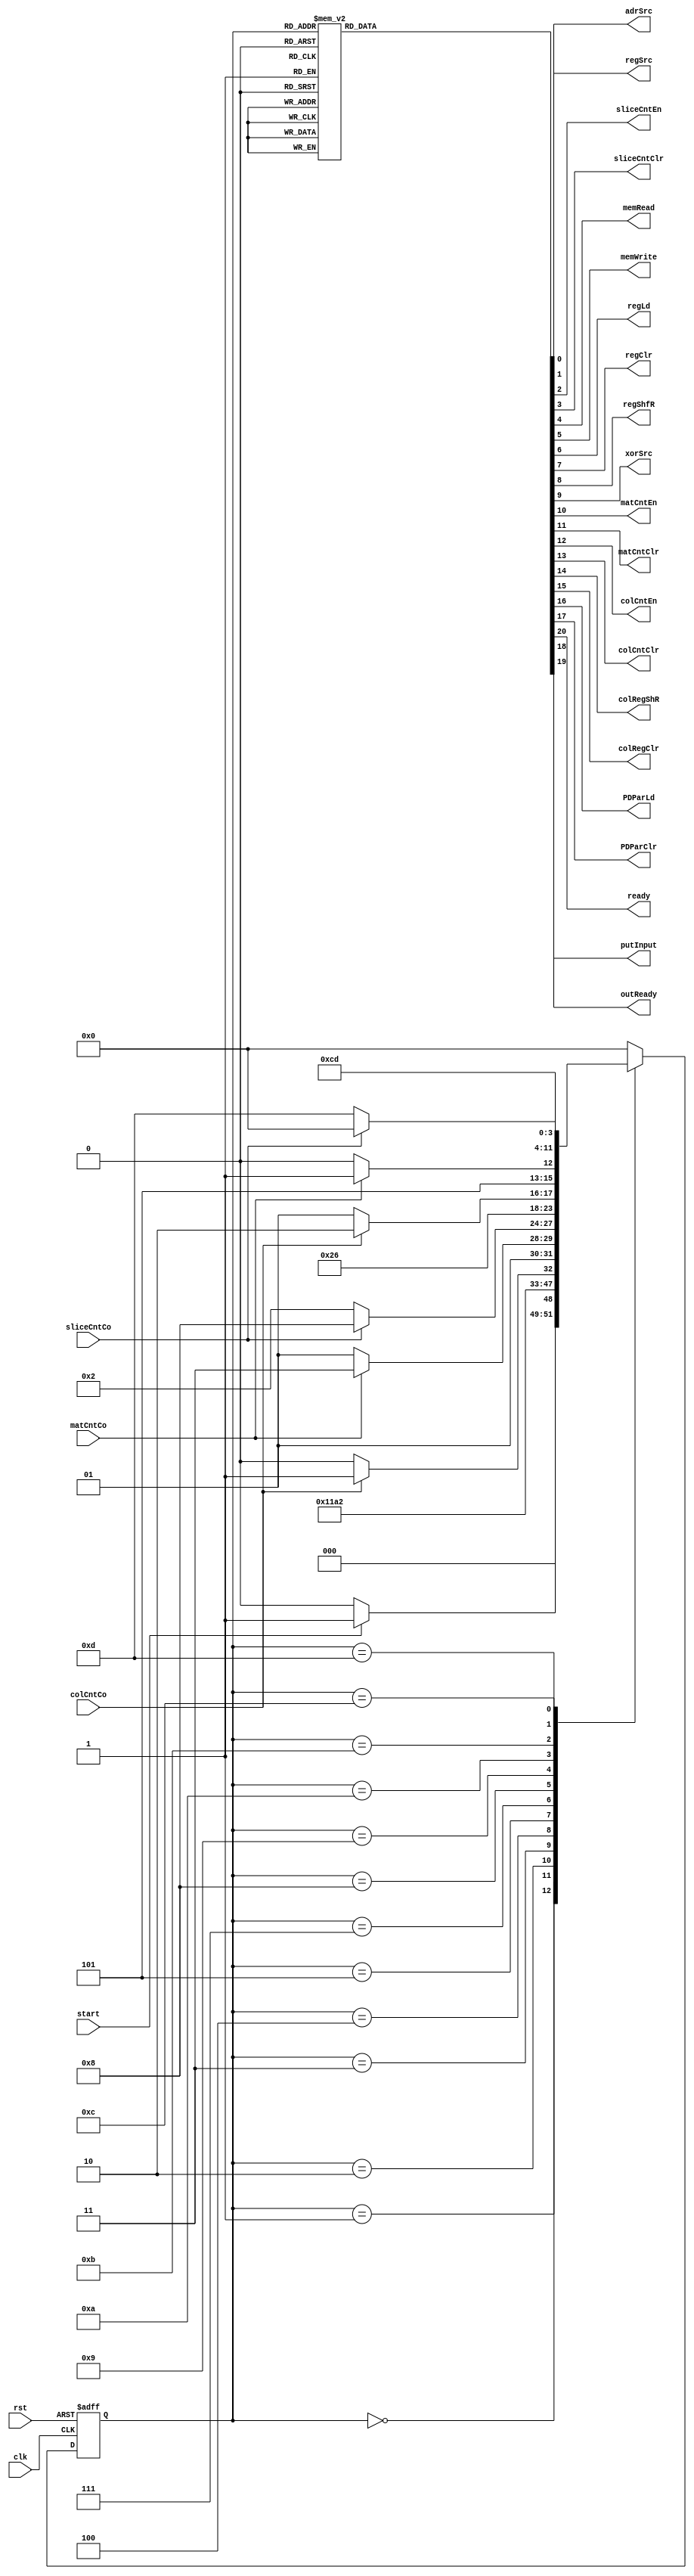
module ColParityController (clk, rst, start, adrSrc, regSrc,
                            sliceCntEn, sliceCntClr, memRead, memWrite,
                            regLd, regClr, regShfR,
                            xorSrc, matCntEn, matCntClr,
                            colCntEn, colCntClr, colRegShR, colRegClr,
                            PDParLd, PDParClr,
                            matCntCo, colCntCo, sliceCntCo,
                            ready, putInput, outReady);
    localparam Idle         = 4'b0000,
               Init         = 4'b0001,
               Request      = 4'b0010,
               Load         = 4'b0011,
               ParityCalc   = 4'b0100,
               Xor          = 4'b0101,
               Write        = 4'b0111,
               LdFirstSlice = 4'b1000,
               ParityCalc1  = 4'b1001,
               Xor1         = 4'b1010,
               Write1       = 4'b1011,
               Inform       = 4'b1100,
               Output       = 4'b1101;

    input clk, rst, start;
    output reg adrSrc, regSrc;
    output reg sliceCntEn, sliceCntClr, memRead, memWrite;
    output reg regLd, regClr, regShfR;
    output reg xorSrc, matCntEn, matCntClr;
    output reg colCntEn, colCntClr, colRegShR, colRegClr;
    output reg PDParLd, PDParClr;
    input matCntCo, colCntCo, sliceCntCo;
    output reg ready, putInput, outReady;

    reg [3:0] pstate, nstate;

    always @(pstate or start or colCntCo or matCntCo or sliceCntCo) begin
        nstate = Idle;
        case (pstate)
            Idle:         nstate = start ? Init : Idle;
            Init:         nstate = Request;
            Request:      nstate = Load;
            Load:         nstate = ParityCalc;
            ParityCalc:   nstate = colCntCo == 0 ? ParityCalc : Xor;
            Xor:          nstate = matCntCo == 0 ? Xor : Write;
            Write:        nstate = sliceCntCo == 0 ? Request : LdFirstSlice;
            LdFirstSlice: nstate = ParityCalc1;
            ParityCalc1:  nstate = colCntCo == 0 ? ParityCalc1 : Xor1;
            Xor1:         nstate = matCntCo == 0 ? Xor1 : Write1;
            Write1:       nstate = Inform;
            Inform:       nstate = Output;
            Output:       nstate = sliceCntCo == 0 ? Output : Idle;
            default:;
        endcase
    end

    always @(pstate) begin
        {ready, putInput, outReady} = 3'd0;
        {sliceCntClr, regClr, colRegClr, colCntClr, PDParClr, matCntClr} = 6'd0;
        {regLd, adrSrc, regSrc, memRead} = 4'd0;
        {colCntEn, colRegShR, xorSrc} = 3'd0;
        {matCntEn, regShfR} = 2'd0;
        {memWrite, sliceCntEn, PDParLd} = 3'd0;
        case (pstate)
            Idle:         ready = 1'b1;
            Init:         {sliceCntClr, PDParClr} = 2'b11;
            Request:      {putInput, regClr, colRegClr, colCntClr, matCntClr} = 5'b1_1111;
            Load:         regLd = 1'b1;
            ParityCalc:   {colCntEn, colRegShR} = 2'b11;
            Xor:          {matCntEn, regShfR} = 2'b11;
            Write:        {memWrite, sliceCntEn, PDParLd} = 3'b111;
            LdFirstSlice: {adrSrc, regSrc, memRead, matCntClr, colCntClr, colRegClr, regLd} = 7'b111_1111;
            ParityCalc1:  {colCntEn, colRegShR} = 2'b11;
            Xor1:         {matCntEn, regShfR, xorSrc} = 3'b111;
            Write1:       {memWrite, adrSrc} = 2'b11;
            Inform:       {outReady, sliceCntClr} = 2'b11;
            Output:       {sliceCntEn, memRead} = 2'b11;
            default:;
        endcase
    end

    always @(posedge clk or posedge rst) begin
        if (rst)
            pstate <= Idle;
        else
            pstate <= nstate;
    end
endmodule